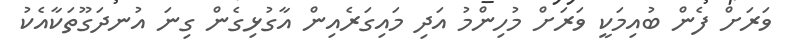
ވަރަށް ފެން ބުއިމަކީ ވަރަށް މުހިންމު އަދި މައިގަރެއިން އާގުޅިގެން ގިނަ އުނދަގޫތަކާއެކު